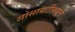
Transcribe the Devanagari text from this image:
सोसायटीकडून